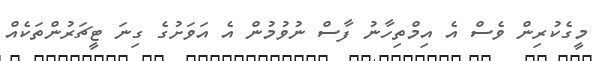
މީގެކުރިން ވެސް އެ އިމްތިހާނު ފާސް ނުވުމުން އެ އަވަށުގެ ގިނަ ޓީޗަރުންތަކެއް